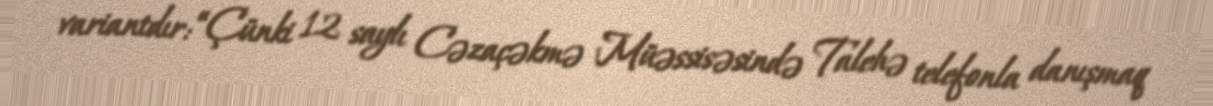
variantdır: “Çünki 12 saylı Cəzaçəkmə Müəssisəsində Talehə telefonla danışmaq